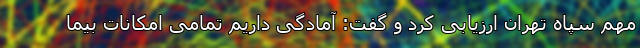
مهم سپاه تهران ارزیابی کرد و گفت: آمادگی داریم تمامی امکانات بیما